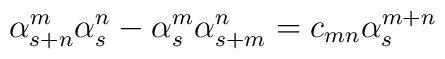
\alpha _{s+n}^{m}\alpha _{s}^{n}-\alpha _{s}^{m}\alpha_{s+m}^{n}=c_{mn}\alpha _{s}^{m+n}